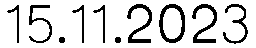
15.11.2023